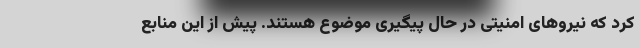
کرد که نیروهای امنیتی در حال پیگیری موضوع هستند. پیش از این منابع